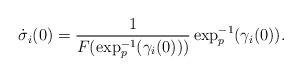
LaTeX: \begin{align*}\dot\sigma_i(0)=\frac{1}{F(\exp^{-1}_p(\gamma_i(0)) )}\exp^{-1}_p(\gamma_i(0)).\end{align*}